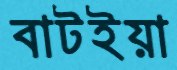
বাটইয়া